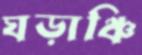
ঘড়াঞ্চি